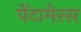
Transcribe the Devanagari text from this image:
पेंटामेरस